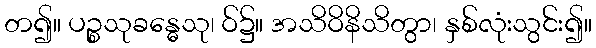
တ၍။ ပဉ္စသုခန္ဓေသု၊ ဝ်၌။ အသိဝိနိသိတွာ၊ နှစ်လုံးသွင်း၍။